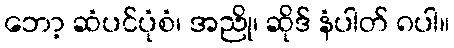
ဘော့ ဆံပင်ပုံစံ၊ အညို၊ ဆိုဒ် နံပါတ် ၈ပါ။